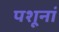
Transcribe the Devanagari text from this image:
पशूनां